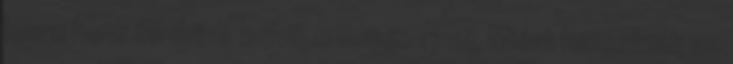
learn how to drive 2018.08.04. 17:14 Miért hazudnak az